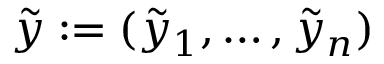
\tilde { y } : = ( \tilde { y } _ { 1 } , \dots , \tilde { y } _ { n } )